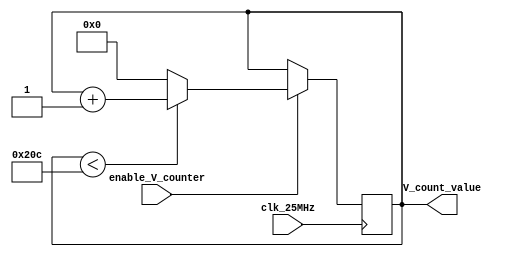
// This program was cloned from: https://github.com/theuppercaseguy/FYP--Risc-V-32-bit-Matrix-Mac
// License: GNU General Public License v3.0

module vertical_counter (
    input clk_25MHz,
    input enable_V_counter,
    output reg [15:0] V_count_value =0
);
    always@(posedge clk_25MHz )begin
        //keep counting until 525
    if(enable_V_counter == 1'b1)begin    
        if(V_count_value < 524)
            V_count_value <= V_count_value +1;

        else V_count_value <=0; //reset vertical Counter
    end

    end

endmodule